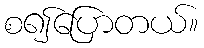
စ၍ပြောတယ်။